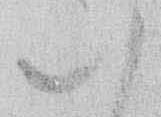
ハ